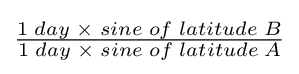
{\begin{matrix}{\frac {1\;day\;\times \;sine\;of\;latitude\;B}{1\;day\;\times \;sine\;of\;latitude\;A}}\end{matrix}}